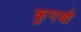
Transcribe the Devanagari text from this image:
कुगजी